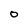
Character: O